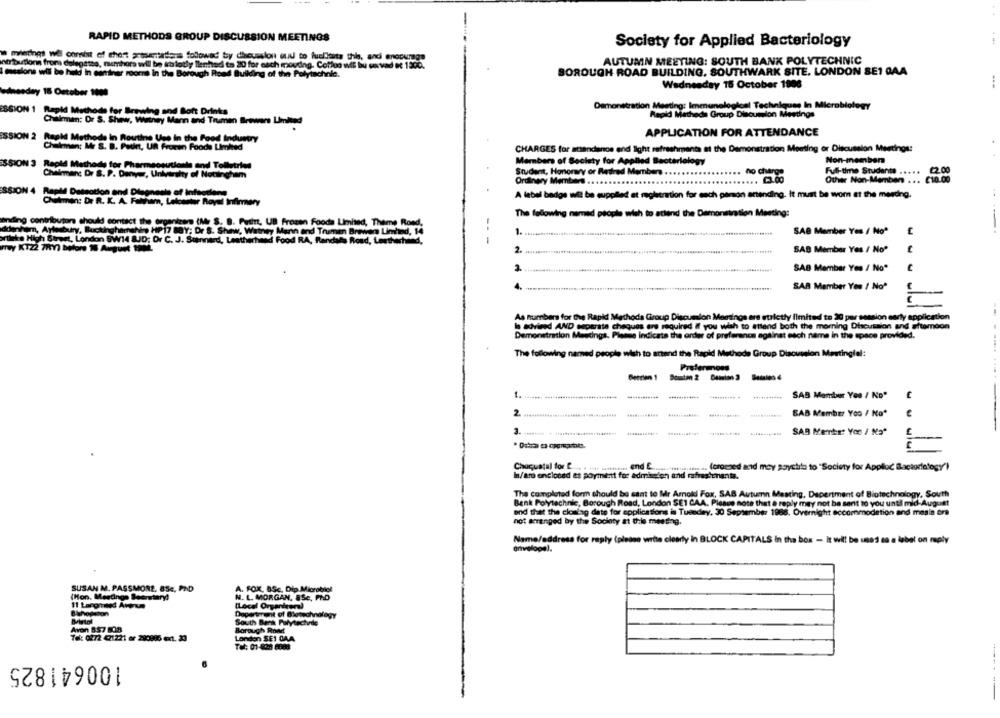
RAPID METHODS GROUP DISCUSSION MEETINGS
Society for Applied Bacteriology
mierings wil consist of chest presentations followed try discussion wud to fuelfeita this, andi encourage
Atributionn from delegates, muenhors will be kro lotly Ilenhed to 20 for each moudng. Cottoo wif bu cavad et 1500.
AUTUMN MEETING: SOUTH BANK POLYTECHNIC
BOROUGH ROAD BUILDING, SOUTHWARK SITE. LONDON SE1 GAA
missions will be held in mariner rooms in the Borough Road Bulking of the Polytechnic.
Wednesday 15 October 1908
winesday 16 October 1009
Demonstration Meeting: lenenunelogical Techniques In Microbiology
ESSION 1 Rapid Methods for Brewing and Soft Drinks
Rapid Matheds Group Discussion Meetings
Chilemen: Or S. Shew, Withey Mann and Trumen Brewers Limited
APPLICATION FOR ATTENDANCE
ISSION 2 Rapid Methods in Routine Use in the Food Industry
Chilemen: Mr S. B. Petit, UR Frozen Foods Limited
CHARGES for attendance and light refreshments at the Demonstration Meeting or Discussion Meetings:
SSION 3 Rapid Methods for Pharmaceutiants and Tolletrin
Members of Society for Applied Bacteriology
Non-member
Student, Honorary or Retired Members ..
no charge
Full-time Students ... ..
22.00
Chairman: Dr S. P. Denyer, University of Nottingham
Ordinary Members
.. 03.00
Other Non-Members ... €10.00
SSION 4 Reple Deseotion and Dispneale of Infoedlene
A label badge wil be supplied at registration for each pemon attending. It must be wom at the merdng.
Chilemen: Dr R. K. A. Faktham, Leicester Royal Infimary
The following named people wish to attend the Demonstration Meeting:
ending contributors should contact the organizers (M/ S. B. Putit, UB frozen Foods Limited, Theme Road,
klanham, Aylesbury, Buckinghamshire HP 17 BBY; Dr S. Shew, Watney Mann and Trumen Brewers Limhed, 14
1.
SAB Member Yes / Noª
ilike High Street, London SW14 &JD; Or C. J. Stannard, Leatherhead Food RA, Randale Road, forthehead,
---
Hey KT22 7107) before 16 August 1902.
2
SAB Member Yes / Noº
SAB Member Yes / No"
SAR Member Yes / No*
As numbers for the Rapid Methoda Group Discussion Meetings are strictly limited to 20 per session early application
In advised AND separate cheques are required if you wish to attend both the morning Discussion and afternoon
Demonstration Meetings, Please indicate the order of preference against each name in the space provided.
The following named people wish to attend the Rapid Methode Group Discussion Meetingfel:
-----
1. ..
SAB Member Yes / No"
SAB Member Yoo / No*
SAR Ments: Yoo / Naº
3. ........ . .......................
Choquatal for C ....
end E ....
maisstoriaissus a. (oromed acid may saychla to "Society for Applioc Bactorlefogy")
In/are enclosed es poyment for admission and rafrestenanta.
The compluted form should be sent to Mr Arnold Fox, SAB Autumn Mesting, Depertment of Biotechnology, South
Benk Polytechnic, Borough Road, London SE1 CAA. Please note that @ reply may not be sent to you until mid-August
and that the closing date for applications in Tuesday, 30 September 1986. Overnight accommodation and masin or
not arranged by the Society at chile meeting.
Name/address for reply (please write clearly in BLOCK CAPITALS in the box - It will be used as a label on reply
envelopel.
SUSAN M. PASSMORE, 85c, PAD
A. FOX, BSc, Dip Microbilol
(Hon. Merdinge Seemstanyd
N. L. MORGAN, 8Se, PAD
(Local Organiser)
Department of Blotechnology
South Bank Polytechde
Avon 857 808
Borough Road
Tel: 0272 01221 er 280896 ext. 33
London SE1 0AA
Tel: 01-826 0008
100641825
-----